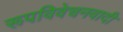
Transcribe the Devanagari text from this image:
रूपविवेचनवादी